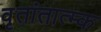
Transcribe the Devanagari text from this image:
वृतांतात्‍म्क